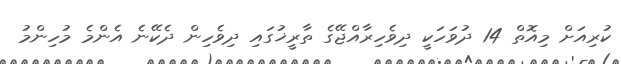
ކުރިއަށް މިއޮތް 14 ދުވަހަކީ ދިވެހިރާއްޖޭގެ ތާރީޚުގައި ދިވެހިން ދެކޭނެ އެންމެ މުހިންމު